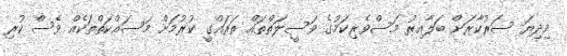
މިދިޔަ ސަރުކާރަށް ބަލާއިރު މަސްވެރިކަމުގެ ވަސީލަތްތައް ތަރައްގީ ކުރުމަށް މަސައްކަތްތަކެއް ވެސް ކުރި